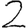
Digit: 2